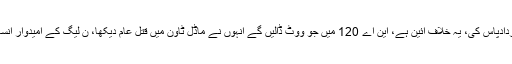
ان کا کہنا تھا کہ پنجاب اسمبلی نےنوازشریف کےحق میں قراردادپاس کی، یہ خلاف آئین ہے، این اے 120 میں جو ووٹ ڈالیں گے انہوں نے ماڈل ٹاؤن میں قتل عام دیکھا، ن لیگ کے امیدوار انسانیت کے قاتل ہیں، دوسری جانب تعلیم یافتہ خاتون امیدوار ہیں۔